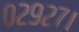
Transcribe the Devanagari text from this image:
०२९२७।